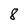
Character: 8